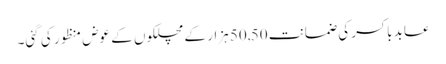
عابد باکسر کی ضمانت 50,50 ہزار کے مچلکوں کے عوض منظور کی گئی۔